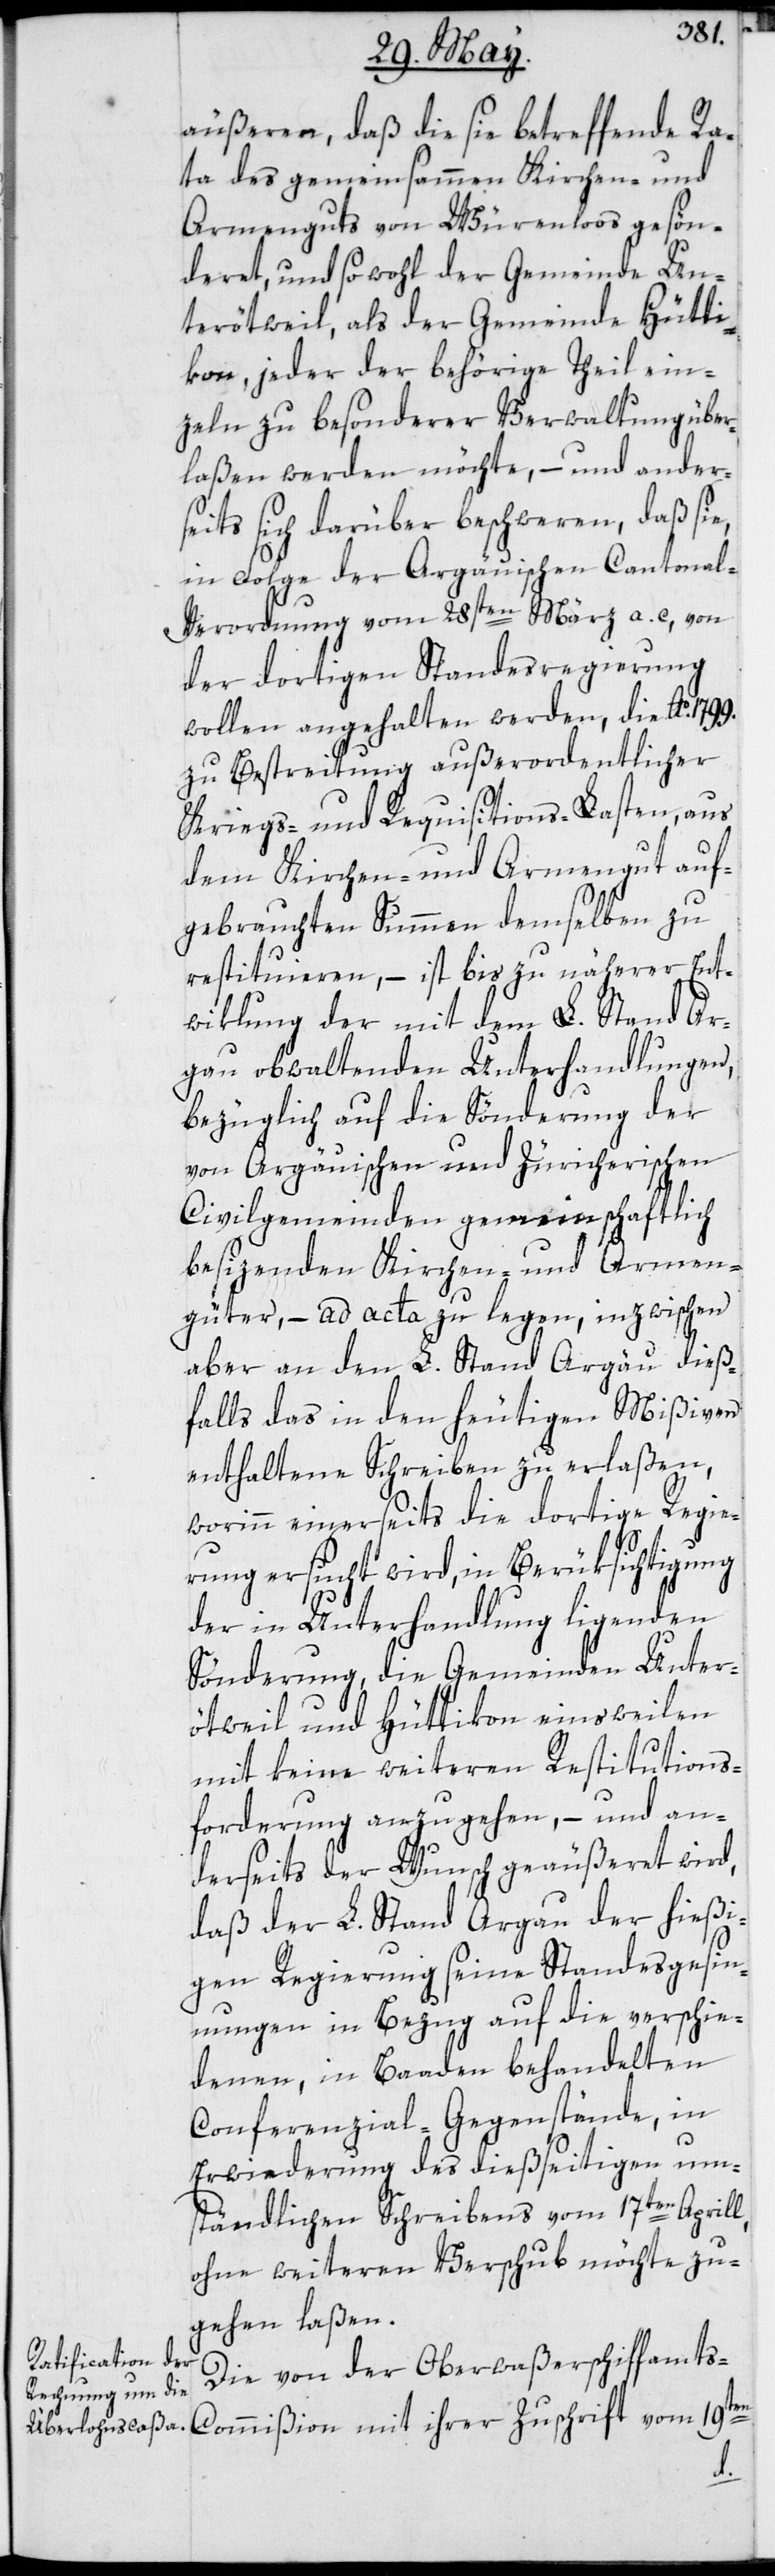
äußeren, daß die sie betreffende Ra¬
ta des gemeinsammen Kirchen- und
Armenguts von Würenlos gesön¬
deret, und sowohl der Gemeinde Un¬
terötweil als der Gemeinde Hütti¬
kon, jeder der behörige Theil ein¬
zeln zu besonderer Verwaltung über¬
laßen werden möchte, – und ander¬
seits sich darüber beschweren, daß sie,
in Folge der Argäuischen Cantonal-V¬
erordnung vom 28sten März a. c., von
der dortigen Standesregierung
wollen angehalten werden, die Ao. 1799.
zu Bestreitung außerordentlicher
Kriegs- und Requisitions-Lasten, aus
dem Kirchen- und Armengut auf¬
gebrauchte Summen demselben zu
restituieren, – ist bis zu näherer Ent¬
wiklung der mit dem L. Stand Ar¬
gau obwaltenden Unterhandlungen,
bezüglich auf die Sönderung der
von Argäuischen und Züricherischen
Civilgemeinden gemeinschaftlich
besizenden Kirchen- und Armen¬
güter, – ad acta zu legen, inzwischen
aber an den L. Stand Argäu dieß¬
falls das in den heutigen Mißiven
enthaltene Schreiben zu erlaßen,
worinn einerseits die dortige Regie¬
rung ersucht wird, in Berüksichtigung
der in Unterhandlung ligenden
Sönderung, die Gemeinden Unter¬
ötweil und Hüttikon einsweilen
mit keinen weiteren Restitutions-F¬
orderungen anzugehen, und an¬
derseits der Wunsch geäußeret wird,
daß der L. Stand Argau der hießi¬
gen Regierung seine Standesgesin¬
nungen in Bezug auf die verschie¬
denen, in Baaden behandelten
Conferenzial-Gegenstände, in
Erwiderung des dießseitigen um¬
ständlichen Schreibens vom 17ten Aprill,
ohne weiteren Verschub möchte zu¬
gehen laßen.
Die von der Oberwaßerschiffamts-C¬
ommißion mit ihrer Zuschrift vom 19ten